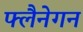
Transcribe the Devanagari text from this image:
फ्लैनेगन